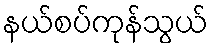
နယ်စပ်ကုန်သွယ်